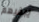
يبقيهم